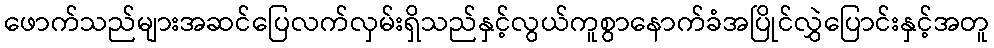
ဖောက်သည်များအဆင်ပြေလက်လှမ်းရှိသည်နှင့်လွယ်ကူစွာနောက်ခံအပြိုင်လွှဲပြောင်းနှင့်အတူ